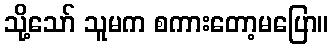
သို့သော် သူမက စကားတော့မပြော။